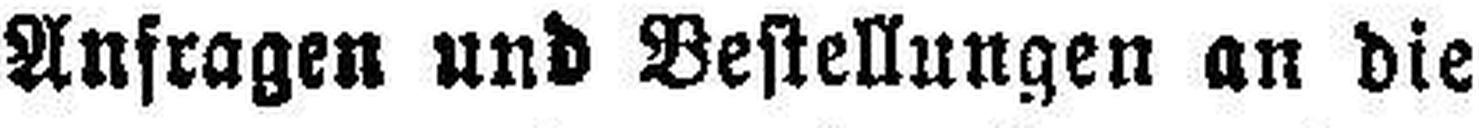
Anfragen und Bestellungen an die